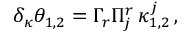
\delta _ { \kappa } \theta _ { 1 , 2 } = \Gamma _ { r } \Pi _ { j } ^ { r } \, \kappa _ { 1 , 2 } ^ { j } \, ,